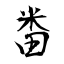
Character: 畨